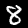
Label: 8